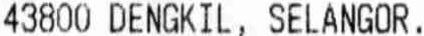
43800 DENGKIL, SELANGOR.